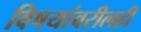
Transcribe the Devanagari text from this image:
विषयांवरीलही